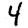
Digit: 4